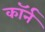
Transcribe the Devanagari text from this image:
कॉर्न